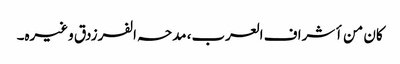
کان من أشراف العرب، مدحہ الفرزدق وغیرہ۔